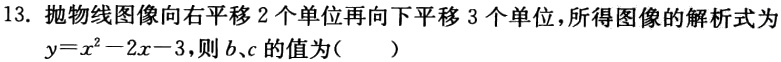
13. 抛物线图像向右平移 2 个单位再向下平移 3 个单位，所得图像的解析式为
$y = x^{2}-2x - 3$，则$b,c$的值为（  ）